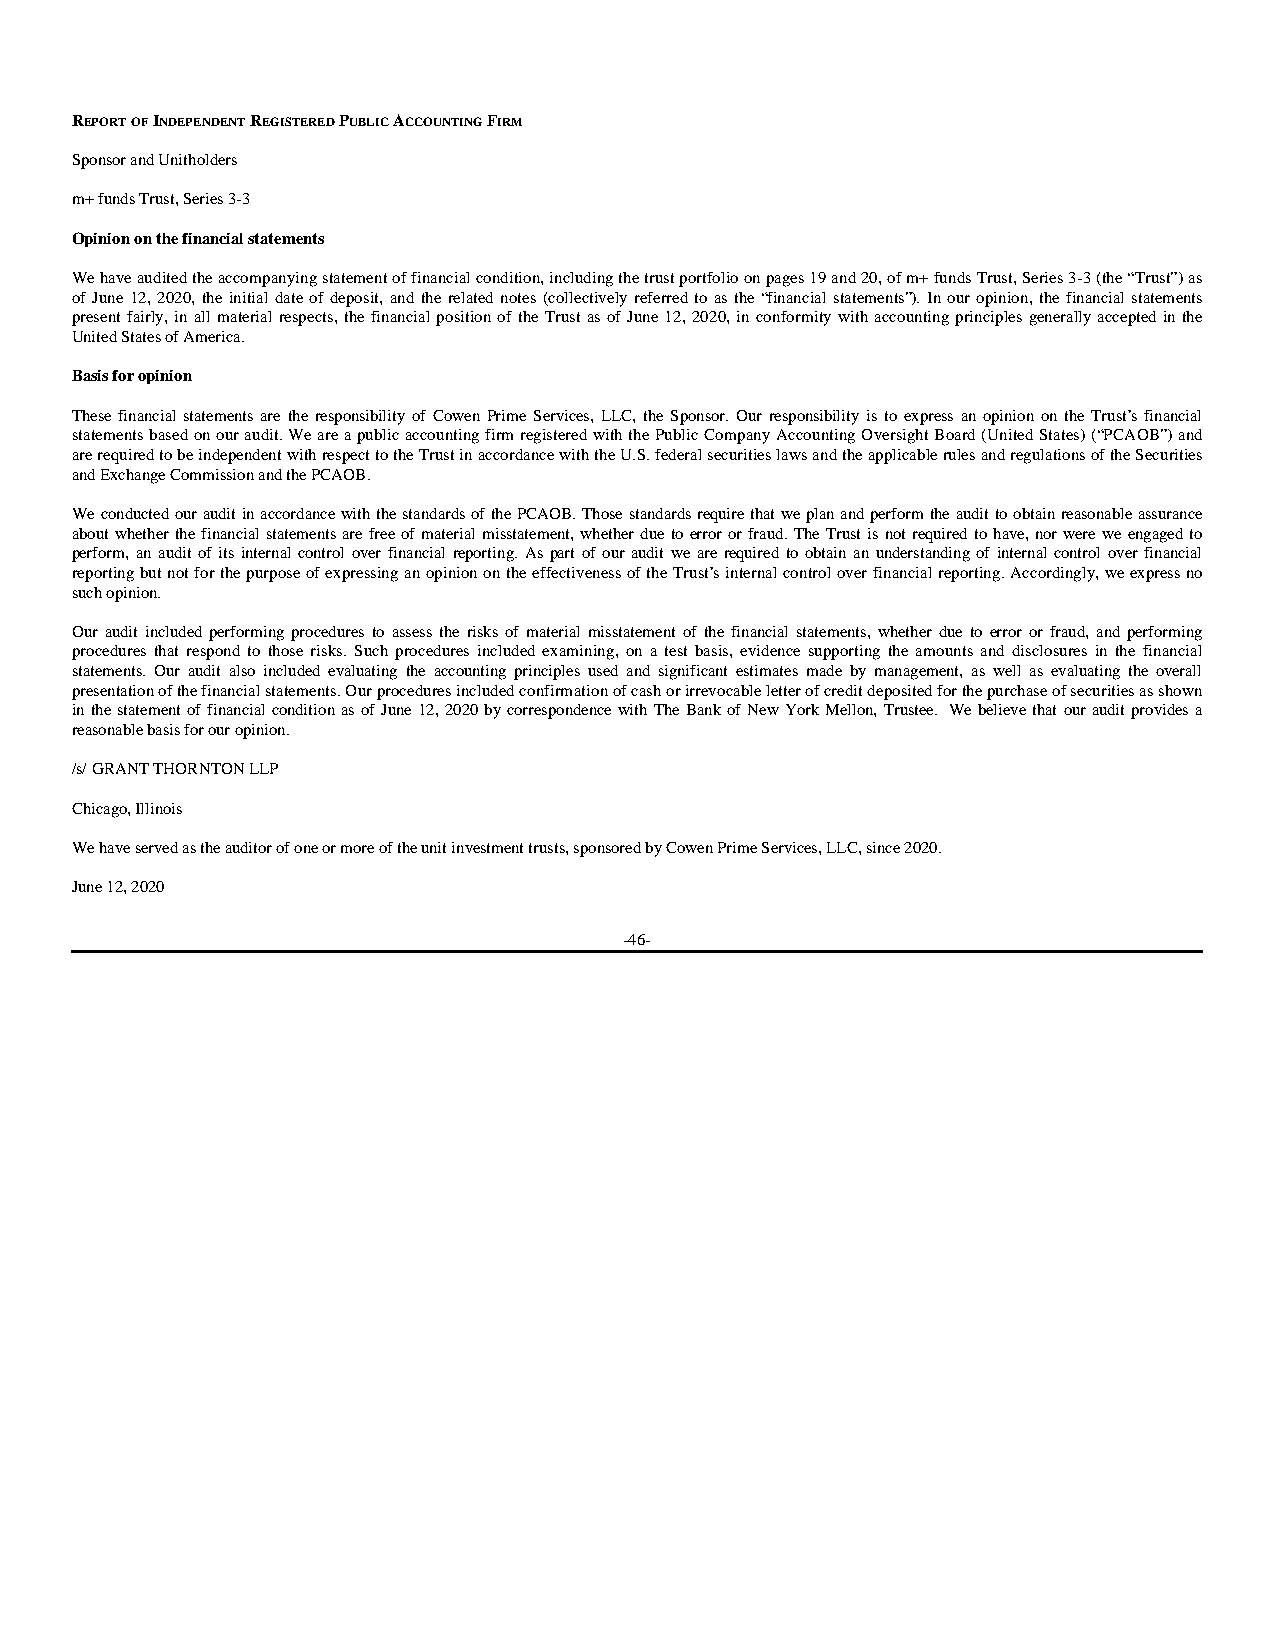
REPORT OF INDEPENDENT REGISTERED PUBLIC ACCOUNTING FIRM
 Sponsor and Unitholders
 m+ funds Trust, Series 3-3
 Opinion on the financial statements
 We have audited the accompanying statement of financial condition, including the trust portfolio on pages 19 and 20, of m+ funds Trust, Series 3-3 (the “Trust”) as
 of June 12, 2020, the initial date of deposit, and the related notes (collectively referred to as the “financial statements”). In our opinion, the financial statements
 present fairly, in all material respects, the financial position of the Trust as of June 12, 2020, in conformity with accounting principles generally accepted in the
 United States of America.
 Basis for opinion
 These financial statements are the responsibility of Cowen Prime Services, LLC, the Sponsor. Our responsibility is to express an opinion on the Trust’s financial
 statements based on our audit. We are a public accounting firm registered with the Public Company Accounting Oversight Board (United States) (“PCAOB”) and
 are required to be independent with respect to the Trust in accordance with the U.S. federal securities laws and the applicable rules and regulations of the Securities
 and Exchange Commission and the PCAOB.
 We conducted our audit in accordance with the standards of the PCAOB. Those standards require that we plan and perform the audit to obtain reasonable assurance
 about whether the financial statements are free of material misstatement, whether due to error or fraud. The Trust is not required to have, nor were we engaged to
 perform, an audit of its internal control over financial reporting. As part of our audit we are required to obtain an understanding of internal control over financial
 reporting but not for the purpose of expressing an opinion on the effectiveness of the Trust’s internal control over financial reporting. Accordingly, we express no
 such opinion.
 Our audit included performing procedures to assess the risks of material misstatement of the financial statements, whether due to error or fraud, and performing
 procedures that respond to those risks. Such procedures included examining, on a test basis, evidence supporting the amounts and disclosures in the financial
 statements. Our audit also included evaluating the accounting principles used and significant estimates made by management, as well as evaluating the overall
 presentation of the financial statements. Our procedures included confirmation of cash or irrevocable letter of credit deposited for the purchase of securities as shown
 in the statement of financial condition as of June 12, 2020 by correspondence with The Bank of New York Mellon, Trustee. We believe that our audit provides a
 reasonable basis for our opinion.
 /s/ GRANT THORNTON LLP
 Chicago, Illinois
 We have served as the auditor of one or more of the unit investment trusts, sponsored by Cowen Prime Services, LLC, since 2020.
 June 12, 2020
 -46-